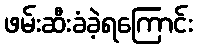
ဖမ်းဆီးခံခဲ့ရကြောင်း